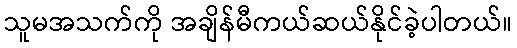
သူမအသက်ကို အချိန်မီကယ်ဆယ်နိုင်ခဲ့ပါတယ်။